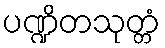
ပဏ္ဍိတသုတ္တံ